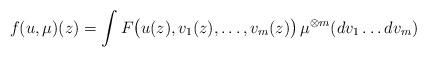
LaTeX: \begin{align*}f(u,\mu)(z) = \int F\big(u(z), v_1(z), \dots, v_m(z)\big) \, \mu^{\otimes m}(dv_1\dots dv_m)\end{align*}